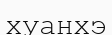
хуанхэ